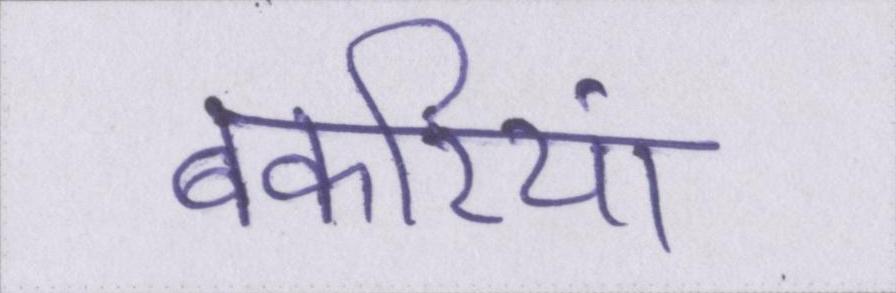
बकरियां